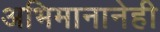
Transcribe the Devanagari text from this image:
अभिमानानेही